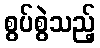
စွပ်စွဲသည့်